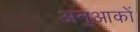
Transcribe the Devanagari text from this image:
अनुआकों